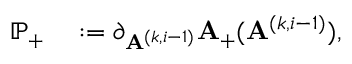
\begin{array} { r l } { \mathbb { P } _ { + } } & { { } : = \partial _ { \mathbf { A } ^ { ( k , i - 1 ) } } \mathbf { A } _ { + } ( \mathbf { A } ^ { ( k , i - 1 ) } ) , } \end{array}